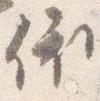
依